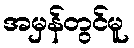
အမှန်တွင်မူ